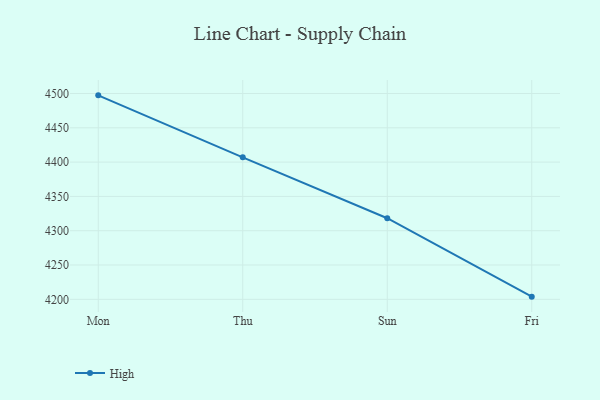
{"axis": {"x": "Day", "y": "Tickets Resolved"}, "legend": ["High"], "data": [{"x": "Mon", "y": 4497.3, "type": "High"}, {"x": "Thu", "y": 4406.9, "type": "High"}, {"x": "Sun", "y": 4318.2, "type": "High"}, {"x": "Fri", "y": 4203.9, "type": "High"}]}